Lunatic asylums in Bengal annual reports 1899-1911 - 1899-1911
Year: 1899
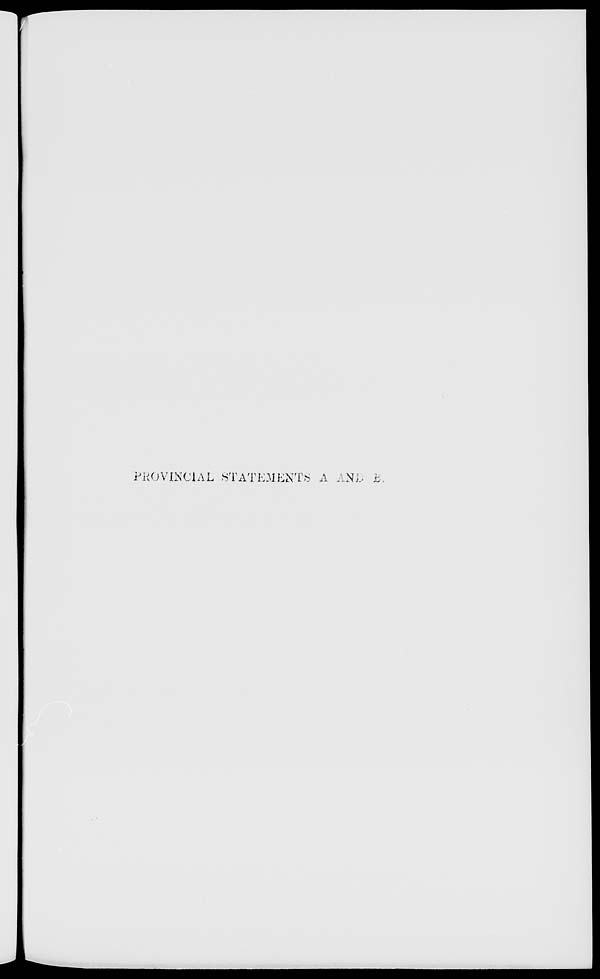
PROVINCIAL STATEMENTS A AND B.